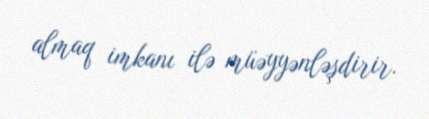
almaq imkanı ilə müəyyənləşdirir.